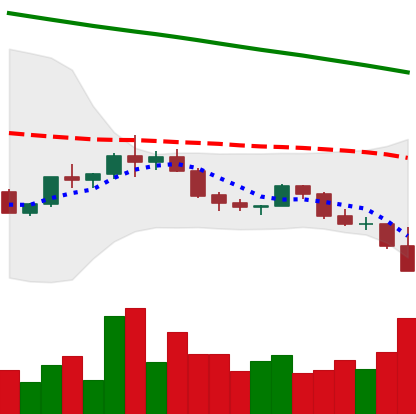
Ticker: ADA-USD
Chart end date: 2022-02-21
Forward return: 3.458%
Label: up_3_5